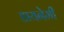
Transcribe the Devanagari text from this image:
डायनेमी